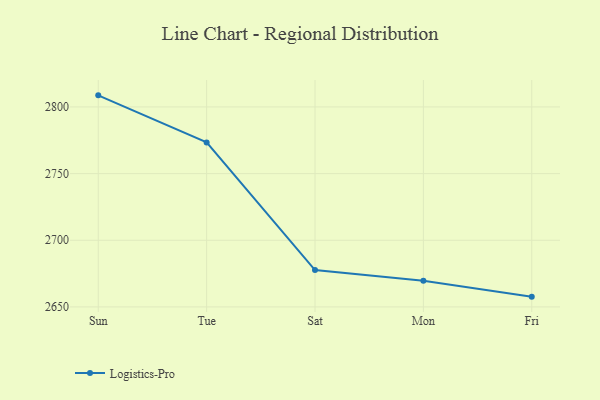
{"axis": {"x": "Day", "y": "Conversion Rate (%)"}, "legend": ["Logistics-Pro"], "data": [{"x": "Sun", "y": 2808.7, "type": "Logistics-Pro"}, {"x": "Tue", "y": 2773.4, "type": "Logistics-Pro"}, {"x": "Sat", "y": 2677.6, "type": "Logistics-Pro"}, {"x": "Mon", "y": 2669.6, "type": "Logistics-Pro"}, {"x": "Fri", "y": 2657.7, "type": "Logistics-Pro"}]}